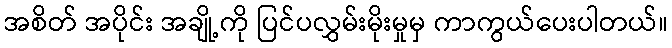
အစိတ် အပိုင်း အချို့ကို ပြင်ပလွှမ်းမိုးမှုမှ ကာကွယ်ပေးပါတယ်။